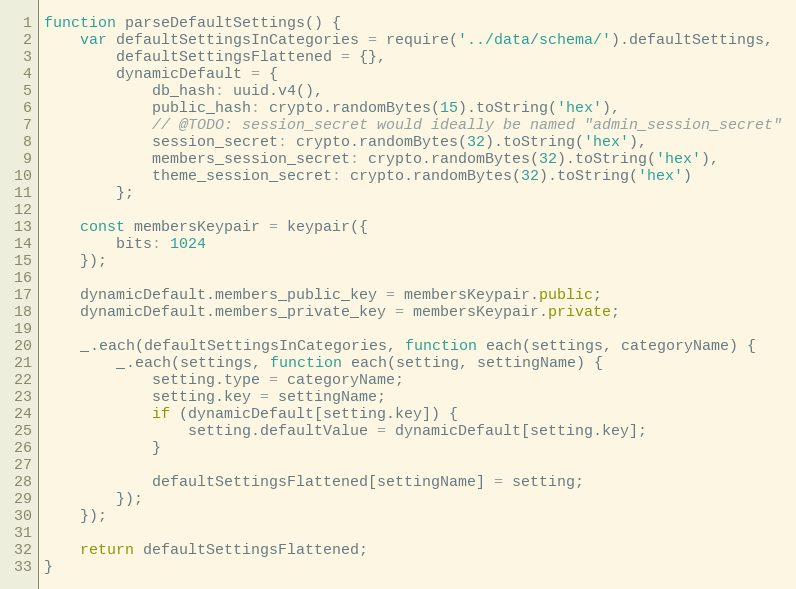
Language: JavaScript
function parseDefaultSettings() {
    var defaultSettingsInCategories = require('../data/schema/').defaultSettings,
        defaultSettingsFlattened = {},
        dynamicDefault = {
            db_hash: uuid.v4(),
            public_hash: crypto.randomBytes(15).toString('hex'),
            // @TODO: session_secret would ideally be named "admin_session_secret"
            session_secret: crypto.randomBytes(32).toString('hex'),
            members_session_secret: crypto.randomBytes(32).toString('hex'),
            theme_session_secret: crypto.randomBytes(32).toString('hex')
        };

    const membersKeypair = keypair({
        bits: 1024
    });

    dynamicDefault.members_public_key = membersKeypair.public;
    dynamicDefault.members_private_key = membersKeypair.private;

    _.each(defaultSettingsInCategories, function each(settings, categoryName) {
        _.each(settings, function each(setting, settingName) {
            setting.type = categoryName;
            setting.key = settingName;
            if (dynamicDefault[setting.key]) {
                setting.defaultValue = dynamicDefault[setting.key];
            }

            defaultSettingsFlattened[settingName] = setting;
        });
    });

    return defaultSettingsFlattened;
}